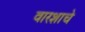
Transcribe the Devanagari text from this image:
वारशाचे